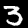
Label: 3